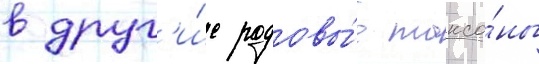
в друг'и́е родовы́е таксо́ны